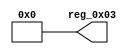
module r_PRODUCT_ID_HIGH(output wire [7:0] reg_0x03);
	assign reg_0x03=8'h00;
endmodule